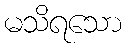
မသိရသော